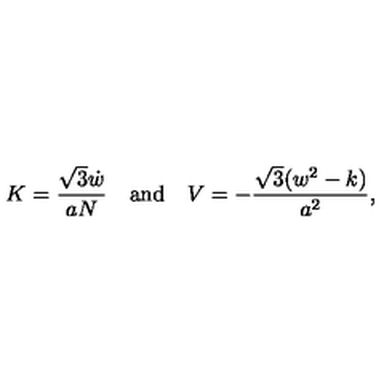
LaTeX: K = \frac { \sqrt 3 \dot { w } } { a N } \quad \mathrm { a n d } \quad V = - \frac { \sqrt 3 ( w ^ { 2 } - k ) } { a ^ { 2 } } ,